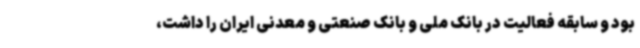
بود و سابقه فعالیت در بانک ملی و بانک صنعتی و معدنی ایران را داشت،